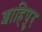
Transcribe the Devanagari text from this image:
शाहिपुर